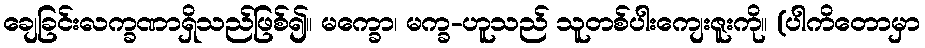
ချေခြင်းလက္ခဏာရှိသည်ဖြစ်၍။ မက္ခော၊ မက္ခ-ဟူသည် သူတစ်ပါးကျေးဇူးကို။ (ပါကိတောမှာ